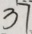
3 7